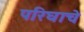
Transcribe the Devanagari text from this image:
परिघाचे